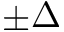
\pm \Delta